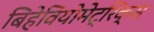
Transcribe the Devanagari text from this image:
बिहेवियोमेट्रिक्स